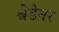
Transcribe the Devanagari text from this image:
श्वेडेनर